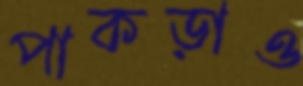
পাকড়াও